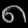
Digit: ၈